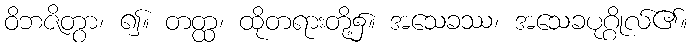
ဝိဘဇိတွာ၊ ၍။ တတ္ထ၊ ထိုတရားတို့၌။ အသေခဿ၊ အသေခပုဂ္ဂိုလ်၏။